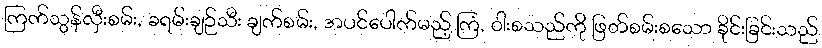
ကြက်သွန်လှီးစမ်း, ခရမ်းချဉ်သီး ချက်စမ်း, အပင်ပေါက်မည့် ကြံ, ဝါးစသည်ကို ဖြတ်စမ်းစသော ခိုင်းခြင်းသည်